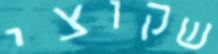
שקוצי